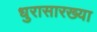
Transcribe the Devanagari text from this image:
धुरासारख्या